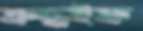
ত্রুদ্ধইফ